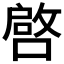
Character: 𱔐